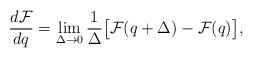
LaTeX: \begin{align*}\frac{d\mathcal{F}}{dq}=\lim_{\Delta\to 0}\frac{1}{\Delta}\big[\mathcal{F}(q+\Delta)-\mathcal{F}(q)\big],\end{align*}